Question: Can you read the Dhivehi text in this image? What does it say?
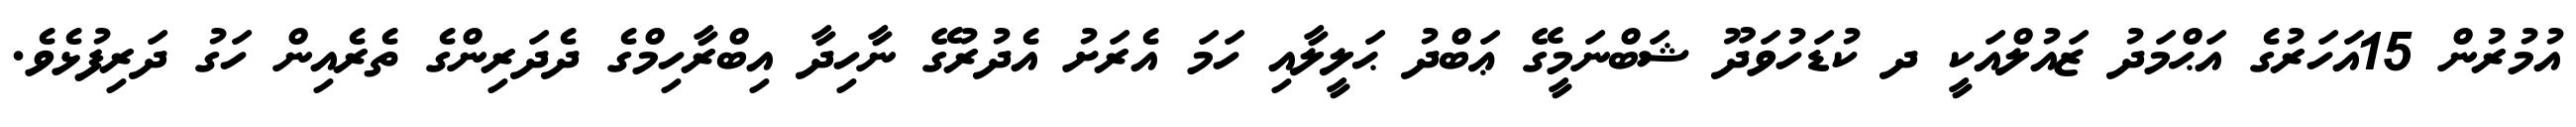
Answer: އުމުރުން 15އަހަރުގެ އަޙްމަދު ޒައުލްއަކީ ދ ކުޑަހުވަދޫ ޝަބްނަމީގޭ ޢަބްދު ޙަލީލާއި ހަމަ އެރަށު އެދުރުގޭ ނާހިދާ އިބްރާހިމްގެ ދެދަރިންގެ ތެރެއިން ހަގު ދަރިފުޅެވެ.